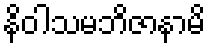
နိဝါသမဘိဇာနာမိ